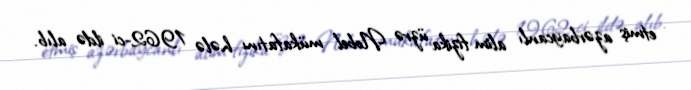
etmiş azərbaycanlı alim fizika üzrə Nobel mükafatını hələ 1962-ci ildə alıb.